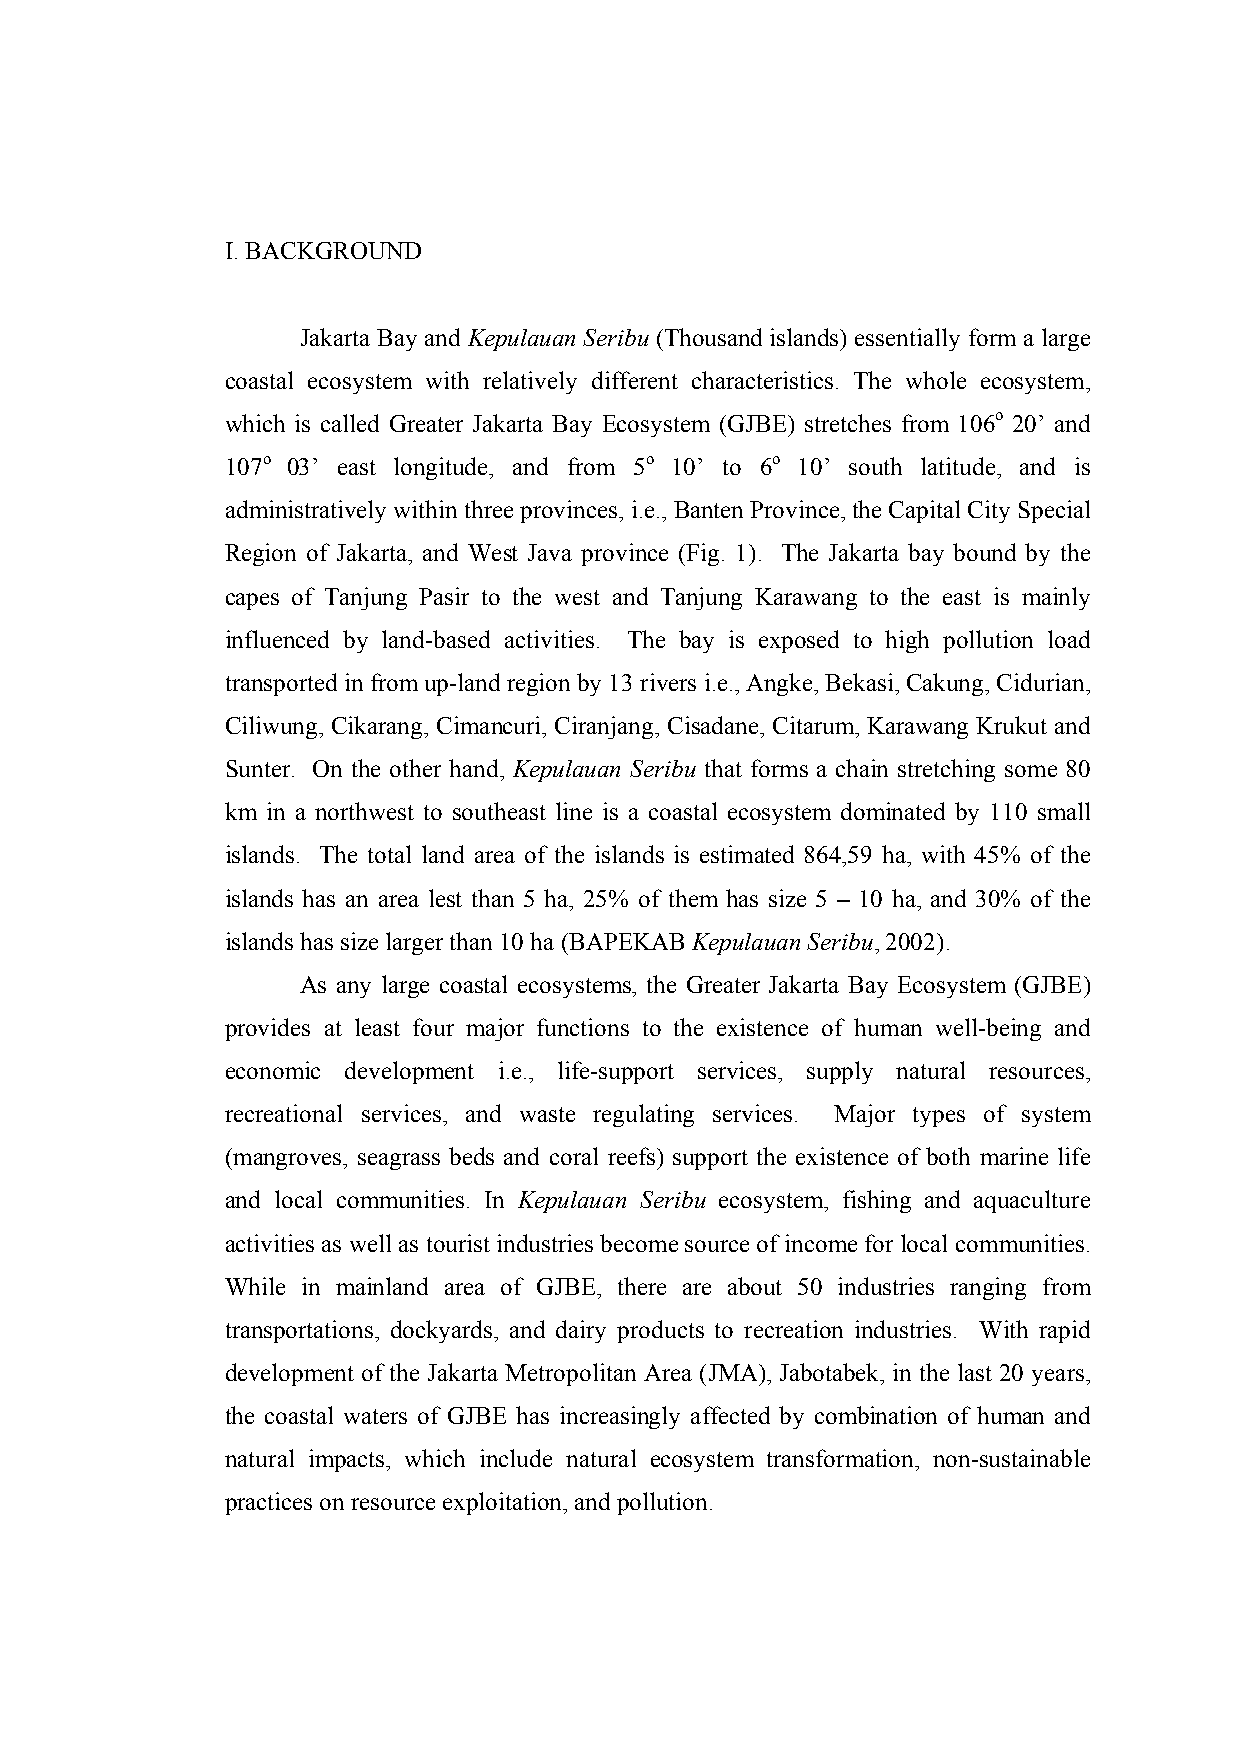
I. BACKGROUND
 Jakarta Bay and Kepulauan Seribu (Thousand islands) essentially form a large
 coastal ecosystem with relatively different characteristics. The whole ecosystem,
 which is called Greater Jakarta Bay Ecosystem (GJBE) stretches from 106o 20’ and
 107o 03’ east longitude, and from 5o 10’ to 6o 10’ south latitude, and is
 administratively within three provinces, i.e., Banten Province, the Capital City Special
 Region of Jakarta, and West Java province (Fig. 1). The Jakarta bay bound by the
 capes of Tanjung Pasir to the west and Tanjung Karawang to the east is mainly
 influenced by land-based activities. The bay is exposed to high pollution load
 transported in from up-land region by 13 rivers i.e., Angke, Bekasi, Cakung, Cidurian,
 Ciliwung, Cikarang, Cimancuri, Ciranjang, Cisadane, Citarum, Karawang Krukut and
 Sunter. On the other hand, Kepulauan Seribu that forms a chain stretching some 80
 km in a northwest to southeast line is a coastal ecosystem dominated by 110 small
 islands. The total land area of the islands is estimated 864,59 ha, with 45% of the
 islands has an area lest than 5 ha, 25% of them has size 5 – 10 ha, and 30% of the
 islands has size larger than 10 ha (BAPEKAB Kepulauan Seribu, 2002).
 As any large coastal ecosystems, the Greater Jakarta Bay Ecosystem (GJBE)
 provides at least four major functions to the existence of human well-being and
 economic development i.e., life-support services, supply natural resources,
 recreational services, and waste regulating services. Major types of system
 (mangroves, seagrass beds and coral reefs) support the existence of both marine life
 and local communities. In Kepulauan Seribu ecosystem, fishing and aquaculture
 activities as well as tourist industries become source of income for local communities.
 While in mainland area of GJBE, there are about 50 industries ranging from
 transportations, dockyards, and dairy products to recreation industries. With rapid
 development of the Jakarta Metropolitan Area (JMA), Jabotabek, in the last 20 years,
 the coastal waters of GJBE has increasingly affected by combination of human and
 natural impacts, which include natural ecosystem transformation, non-sustainable
 practices on resource exploitation, and pollution.